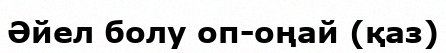
Әйел болу оп-оңай (қаз)